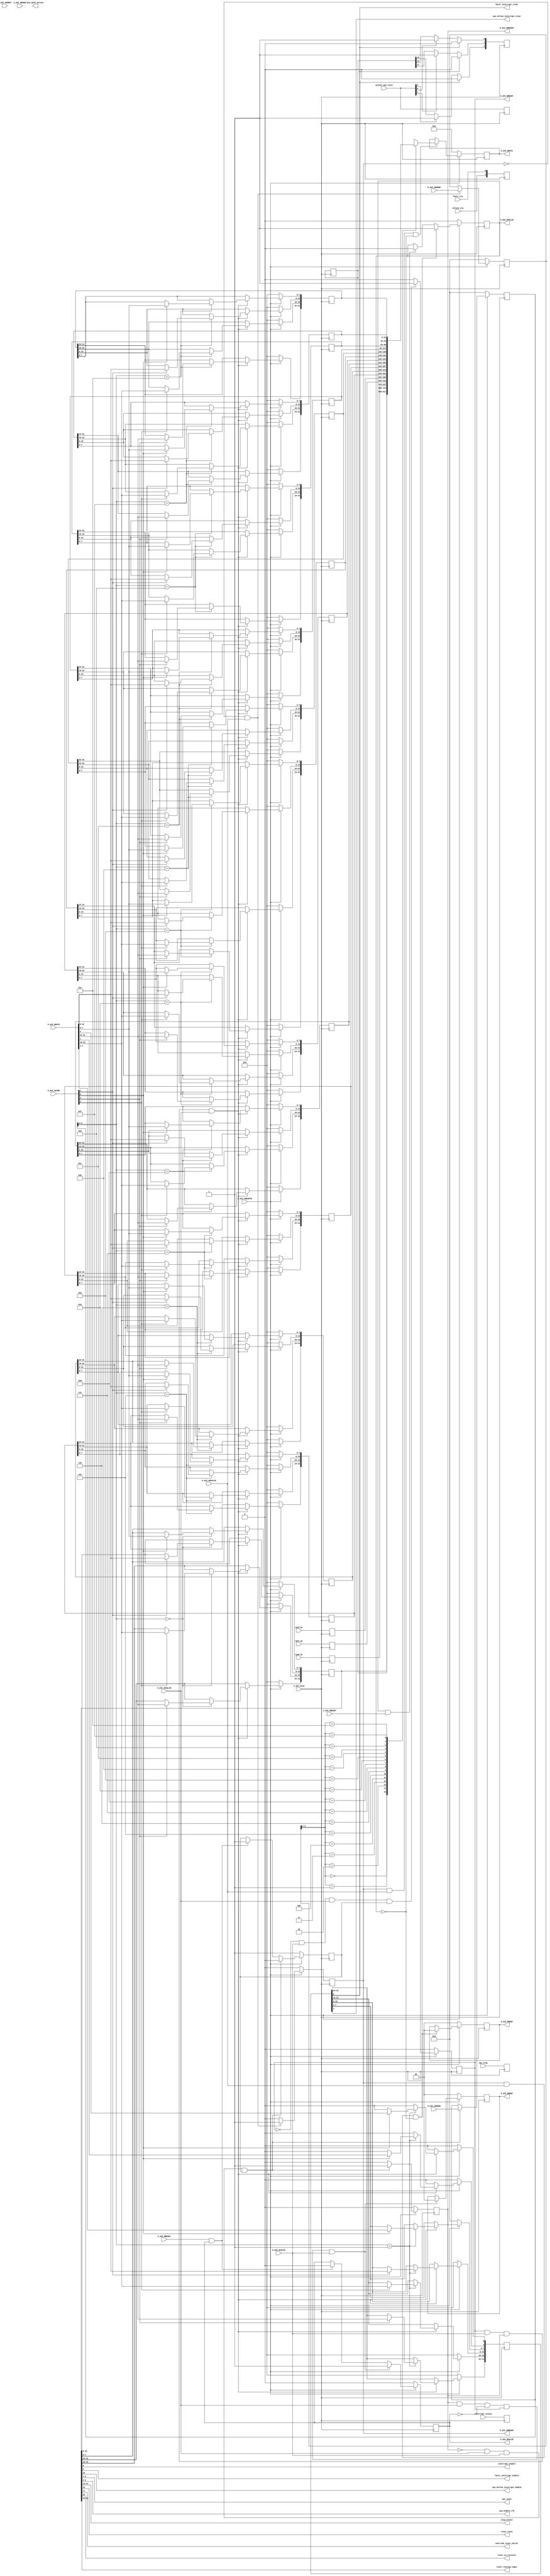

`timescale 1 ns / 1 ps

	module bus_monitor_v1_0_S00_AXI #
	(
		// Users to add parameters here

		// User parameters ends
		// Do not modify the parameters beyond this line

		// Width of S_AXI data bus
		parameter integer C_S_AXI_DATA_WIDTH	= 32,
		// Width of S_AXI address bus
		parameter integer C_S_AXI_ADDR_WIDTH	= 6
	)
	(
		// Users to add ports here

        output wire fault_interrupt_clear,
        output wire cpu_online_interrupt_clear,

        output wire interrupt_enable,
	output wire fault_interrupt_enable,
	output wire cpu_online_interrupt_enable,

        input wire [2:0] interrupt_status,
	input wire [2:0] cpu_stop,
	input wire [2:0] actual_cpu_reset,

	output wire [2:0] cpu_reset,
	output wire [2:0] cpu_enable_clk,

	output wire [1:0] jtag_select,

	output wire clear_reset,
	output wire override_reset_vector,
	output wire reset_to_recovery,
	output wire [2:0] reset_routing_logic,

	input wire [31:0] cpu0_pc,
	input wire [31:0] cpu1_pc,
	input wire [31:0] cpu2_pc,

	input wire online_irq,
	input wire fault_irq,
	output wire ack_back_online,

		// Global Clock Signal
		input wire  S_AXI_ACLK,
		// Global Reset Signal. This Signal is Active LOW
		input wire  S_AXI_ARESETN,
		// Write address (issued by master, acceped by Slave)
		input wire [C_S_AXI_ADDR_WIDTH-1 : 0] S_AXI_AWADDR,
		// Write channel Protection type. This signal indicates the
    		// privilege and security level of the transaction, and whether
    		// the transaction is a data access or an instruction access.
		input wire [2 : 0] S_AXI_AWPROT,
		// Write address valid. This signal indicates that the master signaling
    		// valid write address and control information.
		input wire  S_AXI_AWVALID,
		// Write address ready. This signal indicates that the slave is ready
    		// to accept an address and associated control signals.
		output wire  S_AXI_AWREADY,
		// Write data (issued by master, acceped by Slave)
		input wire [C_S_AXI_DATA_WIDTH-1 : 0] S_AXI_WDATA,
		// Write strobes. This signal indicates which byte lanes hold
    		// valid data. There is one write strobe bit for each eight
    		// bits of the write data bus.
		input wire [(C_S_AXI_DATA_WIDTH/8)-1 : 0] S_AXI_WSTRB,
		// Write valid. This signal indicates that valid write
    		// data and strobes are available.
		input wire  S_AXI_WVALID,
		// Write ready. This signal indicates that the slave
    		// can accept the write data.
		output wire  S_AXI_WREADY,
		// Write response. This signal indicates the status
    		// of the write transaction.
		output wire [1 : 0] S_AXI_BRESP,
		// Write response valid. This signal indicates that the channel
    		// is signaling a valid write response.
		output wire  S_AXI_BVALID,
		// Response ready. This signal indicates that the master
    		// can accept a write response.
		input wire  S_AXI_BREADY,
		// Read address (issued by master, acceped by Slave)
		input wire [C_S_AXI_ADDR_WIDTH-1 : 0] S_AXI_ARADDR,
		// Protection type. This signal indicates the privilege
    		// and security level of the transaction, and whether the
    		// transaction is a data access or an instruction access.
		input wire [2 : 0] S_AXI_ARPROT,
		// Read address valid. This signal indicates that the channel
    		// is signaling valid read address and control information.
		input wire  S_AXI_ARVALID,
		// Read address ready. This signal indicates that the slave is
    		// ready to accept an address and associated control signals.
		output wire  S_AXI_ARREADY,
		// Read data (issued by slave)
		output wire [C_S_AXI_DATA_WIDTH-1 : 0] S_AXI_RDATA,
		// Read response. This signal indicates the status of the
    		// read transfer.
		output wire [1 : 0] S_AXI_RRESP,
		// Read valid. This signal indicates that the channel is
    		// signaling the required read data.
		output wire  S_AXI_RVALID,
		// Read ready. This signal indicates that the master can
    		// accept the read data and response information.
		input wire  S_AXI_RREADY
	);

	// AXI4LITE signals
	reg [C_S_AXI_ADDR_WIDTH-1 : 0] 	axi_awaddr;
	reg  	axi_awready;
	reg  	axi_wready;
	reg [1 : 0] 	axi_bresp;
	reg  	axi_bvalid;
	reg [C_S_AXI_ADDR_WIDTH-1 : 0] 	axi_araddr;
	reg  	axi_arready;
	reg [C_S_AXI_DATA_WIDTH-1 : 0] 	axi_rdata;
	reg [1 : 0] 	axi_rresp;
	reg  	axi_rvalid;

	// Example-specific design signals
	// local parameter for addressing 32 bit / 64 bit C_S_AXI_DATA_WIDTH
	// ADDR_LSB is used for addressing 32/64 bit registers/memories
	// ADDR_LSB = 2 for 32 bits (n downto 2)
	// ADDR_LSB = 3 for 64 bits (n downto 3)
	localparam integer ADDR_LSB = (C_S_AXI_DATA_WIDTH/32) + 1;
	localparam integer OPT_MEM_ADDR_BITS = 3;
	//----------------------------------------------
	//-- Signals for user logic register space example
	//------------------------------------------------
	//-- Number of Slave Registers 16
	reg [C_S_AXI_DATA_WIDTH-1:0]	slv_reg0;
	reg [C_S_AXI_DATA_WIDTH-1:0]	slv_reg1;
	reg [C_S_AXI_DATA_WIDTH-1:0]	slv_reg1_i;
	reg [C_S_AXI_DATA_WIDTH-1:0]	slv_reg2;
	reg [C_S_AXI_DATA_WIDTH-1:0]	slv_reg2_i;
	reg [C_S_AXI_DATA_WIDTH-1:0]	slv_reg3;
	reg [C_S_AXI_DATA_WIDTH-1:0]	slv_reg3_i;
	reg [C_S_AXI_DATA_WIDTH-1:0]	slv_reg4;
	reg [C_S_AXI_DATA_WIDTH-1:0]	slv_reg4_i;
	reg [C_S_AXI_DATA_WIDTH-1:0]	slv_reg5;
	reg [C_S_AXI_DATA_WIDTH-1:0]	slv_reg6;
	reg [C_S_AXI_DATA_WIDTH-1:0]	slv_reg7;
	reg [C_S_AXI_DATA_WIDTH-1:0]	slv_reg8;
	reg [C_S_AXI_DATA_WIDTH-1:0]	slv_reg9;
	reg [C_S_AXI_DATA_WIDTH-1:0]	slv_reg10;
	reg [C_S_AXI_DATA_WIDTH-1:0]	slv_reg11;
	reg [C_S_AXI_DATA_WIDTH-1:0]	slv_reg12;
	reg [C_S_AXI_DATA_WIDTH-1:0]	slv_reg13;
	reg [C_S_AXI_DATA_WIDTH-1:0]	slv_reg14;
	reg [C_S_AXI_DATA_WIDTH-1:0]	slv_reg15;
	wire	 slv_reg_rden;
	wire	 slv_reg_wren;
	reg [C_S_AXI_DATA_WIDTH-1:0]	 reg_data_out;
	integer	 byte_index;
	reg	 aw_en;

	// I/O Connections assignments

	assign S_AXI_AWREADY	= axi_awready;
	assign S_AXI_WREADY	= axi_wready;
	assign S_AXI_BRESP	= axi_bresp;
	assign S_AXI_BVALID	= axi_bvalid;
	assign S_AXI_ARREADY	= axi_arready;
	assign S_AXI_RDATA	= axi_rdata;
	assign S_AXI_RRESP	= axi_rresp;
	assign S_AXI_RVALID	= axi_rvalid;
	// Implement axi_awready generation
	// axi_awready is asserted for one S_AXI_ACLK clock cycle when both
	// S_AXI_AWVALID and S_AXI_WVALID are asserted. axi_awready is
	// de-asserted when reset is low.

	always @( posedge S_AXI_ACLK )
	begin
	  if ( S_AXI_ARESETN == 1'b0 )
	    begin
	      axi_awready <= 1'b0;
	      aw_en <= 1'b1;
	    end
	  else
	    begin
	      if (~axi_awready && S_AXI_AWVALID && S_AXI_WVALID && aw_en)
	        begin
	          // slave is ready to accept write address when
	          // there is a valid write address and write data
	          // on the write address and data bus. This design
	          // expects no outstanding transactions.
	          axi_awready <= 1'b1;
	          aw_en <= 1'b0;
	        end
	        else if (S_AXI_BREADY && axi_bvalid)
	            begin
	              aw_en <= 1'b1;
	              axi_awready <= 1'b0;
	            end
	      else
	        begin
	          axi_awready <= 1'b0;
	        end
	    end
	end

	// Implement axi_awaddr latching
	// This process is used to latch the address when both
	// S_AXI_AWVALID and S_AXI_WVALID are valid.

	always @( posedge S_AXI_ACLK )
	begin
	  if ( S_AXI_ARESETN == 1'b0 )
	    begin
	      axi_awaddr <= 0;
	    end
	  else
	    begin
	      if (~axi_awready && S_AXI_AWVALID && S_AXI_WVALID && aw_en)
	        begin
	          // Write Address latching
	          axi_awaddr <= S_AXI_AWADDR;
	        end
	    end
	end

	// Implement axi_wready generation
	// axi_wready is asserted for one S_AXI_ACLK clock cycle when both
	// S_AXI_AWVALID and S_AXI_WVALID are asserted. axi_wready is
	// de-asserted when reset is low.

	always @( posedge S_AXI_ACLK )
	begin
	  if ( S_AXI_ARESETN == 1'b0 )
	    begin
	      axi_wready <= 1'b0;
	    end
	  else
	    begin
	      if (~axi_wready && S_AXI_WVALID && S_AXI_AWVALID && aw_en )
	        begin
	          // slave is ready to accept write data when
	          // there is a valid write address and write data
	          // on the write address and data bus. This design
	          // expects no outstanding transactions.
	          axi_wready <= 1'b1;
	        end
	      else
	        begin
	          axi_wready <= 1'b0;
	        end
	    end
	end

	always @( posedge S_AXI_ACLK )
	begin
	   slv_reg1[0] <= fault_irq;
           slv_reg1[1] <= online_irq;

	   slv_reg1[6:4] <= interrupt_status;
	   slv_reg1[10:8] <= cpu_stop;
	   slv_reg1[14:12] <= actual_cpu_reset;
	   if(actual_cpu_reset[0]) begin
		   slv_reg1[16] <= actual_cpu_reset[0];
	   end
	   if(actual_cpu_reset[1]) begin
		   slv_reg1[17] <= actual_cpu_reset[1];
	   end
	   if(actual_cpu_reset[2]) begin
		   slv_reg1[18] <= actual_cpu_reset[2];
	   end
	   if(slv_reg1_i[0]) begin
		   slv_reg1[18:16] <= 3'b000;
	   end

	   slv_reg2_i <= cpu0_pc;
	   slv_reg3_i <= cpu1_pc;
	   slv_reg4_i <= cpu2_pc;

	end

	assign cpu_enable_clk = slv_reg0[2:0];
	assign cpu_reset = slv_reg0[6:4];

	assign jtag_select = slv_reg0[13:12];

	assign clear_reset = slv_reg0[16];
	assign override_reset_vector = slv_reg0[17];
	assign reset_to_recovery = slv_reg0[18];

	assign reset_routing_logic = slv_reg0[22:20];

	assign interrupt_enable = slv_reg0[8];
	assign fault_interrupt_enable = slv_reg0[9];
	assign cpu_online_interrupt_enable = slv_reg0[10];

	assign fault_interrupt_clear = slv_reg1_i[0];
	assign cpu_online_interrupt_clear = slv_reg1_i[1];

	// Implement memory mapped register select and write logic generation
	// The write data is accepted and written to memory mapped registers when
	// axi_awready, S_AXI_WVALID, axi_wready and S_AXI_WVALID are asserted. Write strobes are used to
	// select byte enables of slave registers while writing.
	// These registers are cleared when reset (active low) is applied.
	// Slave register write enable is asserted when valid address and data are available
	// and the slave is ready to accept the write address and write data.
	assign slv_reg_wren = axi_wready && S_AXI_WVALID && axi_awready && S_AXI_AWVALID;

	always @( posedge S_AXI_ACLK )
	begin
	  if ( S_AXI_ARESETN == 1'b0 )
	    begin
	      slv_reg0 <= 0;
	      slv_reg1_i <= 0;
	      slv_reg2 <= 0;
	      slv_reg3 <= 0;
	      slv_reg4 <= 0;
	      slv_reg5 <= 0;
	      slv_reg6 <= 0;
	      slv_reg7 <= 0;
	      slv_reg8 <= 0;
	      slv_reg9 <= 0;
	      slv_reg10 <= 0;
	      slv_reg11 <= 0;
	      slv_reg12 <= 0;
	      slv_reg13 <= 0;
	      slv_reg14 <= 0;
	      slv_reg15 <= 0;
	    end
	  else begin
	    //slv_reg1[0] is used as interrupt clear signal. We need to reset it one cycle after setting
	    slv_reg1_i[0] <= 1'b0;
	    //slv_reg1[1] is used as ack_back_online. We need to reset it one cycle after setting
	    slv_reg1_i[1] <= 1'b0;
	    if (slv_reg_wren)
	      begin
	        case ( axi_awaddr[ADDR_LSB+OPT_MEM_ADDR_BITS:ADDR_LSB] )
	          4'h0:
	            for ( byte_index = 0; byte_index <= (C_S_AXI_DATA_WIDTH/8)-1; byte_index = byte_index+1 )
	              if ( S_AXI_WSTRB[byte_index] == 1 ) begin
	                // Respective byte enables are asserted as per write strobes
	                // Slave register 0
	                slv_reg0[(byte_index*8) +: 8] <= S_AXI_WDATA[(byte_index*8) +: 8];
	              end

	          4'h1:
	            for ( byte_index = 0; byte_index <= (C_S_AXI_DATA_WIDTH/8)-1; byte_index = byte_index+1 )
	              if ( S_AXI_WSTRB[byte_index] == 1 ) begin
	                // Respective byte enables are asserted as per write strobes
	                // Slave register 1
	                slv_reg1_i[(byte_index*8) +: 8] <= S_AXI_WDATA[(byte_index*8) +: 8];
	              end
	          4'h2:
	            for ( byte_index = 0; byte_index <= (C_S_AXI_DATA_WIDTH/8)-1; byte_index = byte_index+1 )
	              if ( S_AXI_WSTRB[byte_index] == 1 ) begin
	                // Respective byte enables are asserted as per write strobes
	                // Slave register 2
	                slv_reg2[(byte_index*8) +: 8] <= S_AXI_WDATA[(byte_index*8) +: 8];
	              end
	          4'h3:
	            for ( byte_index = 0; byte_index <= (C_S_AXI_DATA_WIDTH/8)-1; byte_index = byte_index+1 )
	              if ( S_AXI_WSTRB[byte_index] == 1 ) begin
	                // Respective byte enables are asserted as per write strobes
	                // Slave register 3
	                slv_reg3[(byte_index*8) +: 8] <= S_AXI_WDATA[(byte_index*8) +: 8];
	              end
	          4'h4:
	            for ( byte_index = 0; byte_index <= (C_S_AXI_DATA_WIDTH/8)-1; byte_index = byte_index+1 )
	              if ( S_AXI_WSTRB[byte_index] == 1 ) begin
	                // Respective byte enables are asserted as per write strobes
	                // Slave register 4
	                slv_reg4[(byte_index*8) +: 8] <= S_AXI_WDATA[(byte_index*8) +: 8];
	              end
	          4'h5:
	            for ( byte_index = 0; byte_index <= (C_S_AXI_DATA_WIDTH/8)-1; byte_index = byte_index+1 )
	              if ( S_AXI_WSTRB[byte_index] == 1 ) begin
	                // Respective byte enables are asserted as per write strobes
	                // Slave register 5
	                slv_reg5[(byte_index*8) +: 8] <= S_AXI_WDATA[(byte_index*8) +: 8];
	              end
	          4'h6:
	            for ( byte_index = 0; byte_index <= (C_S_AXI_DATA_WIDTH/8)-1; byte_index = byte_index+1 )
	              if ( S_AXI_WSTRB[byte_index] == 1 ) begin
	                // Respective byte enables are asserted as per write strobes
	                // Slave register 6
	                slv_reg6[(byte_index*8) +: 8] <= S_AXI_WDATA[(byte_index*8) +: 8];
	              end
	          4'h7:
	            for ( byte_index = 0; byte_index <= (C_S_AXI_DATA_WIDTH/8)-1; byte_index = byte_index+1 )
	              if ( S_AXI_WSTRB[byte_index] == 1 ) begin
	                // Respective byte enables are asserted as per write strobes
	                // Slave register 7
	                slv_reg7[(byte_index*8) +: 8] <= S_AXI_WDATA[(byte_index*8) +: 8];
	              end
	          4'h8:
	            for ( byte_index = 0; byte_index <= (C_S_AXI_DATA_WIDTH/8)-1; byte_index = byte_index+1 )
	              if ( S_AXI_WSTRB[byte_index] == 1 ) begin
	                // Respective byte enables are asserted as per write strobes
	                // Slave register 8
	                slv_reg8[(byte_index*8) +: 8] <= S_AXI_WDATA[(byte_index*8) +: 8];
	              end
	          4'h9:
	            for ( byte_index = 0; byte_index <= (C_S_AXI_DATA_WIDTH/8)-1; byte_index = byte_index+1 )
	              if ( S_AXI_WSTRB[byte_index] == 1 ) begin
	                // Respective byte enables are asserted as per write strobes
	                // Slave register 9
	                slv_reg9[(byte_index*8) +: 8] <= S_AXI_WDATA[(byte_index*8) +: 8];
	              end
	          4'hA:
	            for ( byte_index = 0; byte_index <= (C_S_AXI_DATA_WIDTH/8)-1; byte_index = byte_index+1 )
	              if ( S_AXI_WSTRB[byte_index] == 1 ) begin
	                // Respective byte enables are asserted as per write strobes
	                // Slave register 10
	                slv_reg10[(byte_index*8) +: 8] <= S_AXI_WDATA[(byte_index*8) +: 8];
	              end
	          4'hB:
	            for ( byte_index = 0; byte_index <= (C_S_AXI_DATA_WIDTH/8)-1; byte_index = byte_index+1 )
	              if ( S_AXI_WSTRB[byte_index] == 1 ) begin
	                // Respective byte enables are asserted as per write strobes
	                // Slave register 11
	                slv_reg11[(byte_index*8) +: 8] <= S_AXI_WDATA[(byte_index*8) +: 8];
	              end
	          4'hC:
	            for ( byte_index = 0; byte_index <= (C_S_AXI_DATA_WIDTH/8)-1; byte_index = byte_index+1 )
	              if ( S_AXI_WSTRB[byte_index] == 1 ) begin
	                // Respective byte enables are asserted as per write strobes
	                // Slave register 12
	                slv_reg12[(byte_index*8) +: 8] <= S_AXI_WDATA[(byte_index*8) +: 8];
	              end
	          4'hD:
	            for ( byte_index = 0; byte_index <= (C_S_AXI_DATA_WIDTH/8)-1; byte_index = byte_index+1 )
	              if ( S_AXI_WSTRB[byte_index] == 1 ) begin
	                // Respective byte enables are asserted as per write strobes
	                // Slave register 13
	                slv_reg13[(byte_index*8) +: 8] <= S_AXI_WDATA[(byte_index*8) +: 8];
	              end
	          4'hE:
	            for ( byte_index = 0; byte_index <= (C_S_AXI_DATA_WIDTH/8)-1; byte_index = byte_index+1 )
	              if ( S_AXI_WSTRB[byte_index] == 1 ) begin
	                // Respective byte enables are asserted as per write strobes
	                // Slave register 14
	                slv_reg14[(byte_index*8) +: 8] <= S_AXI_WDATA[(byte_index*8) +: 8];
	              end
	          4'hF:
	            for ( byte_index = 0; byte_index <= (C_S_AXI_DATA_WIDTH/8)-1; byte_index = byte_index+1 )
	              if ( S_AXI_WSTRB[byte_index] == 1 ) begin
	                // Respective byte enables are asserted as per write strobes
	                // Slave register 15
	                slv_reg15[(byte_index*8) +: 8] <= S_AXI_WDATA[(byte_index*8) +: 8];
	              end
	          default : begin
	                      slv_reg0 <= slv_reg0;
	                      slv_reg1 <= slv_reg1;
	                      slv_reg2 <= slv_reg2;
	                      slv_reg3 <= slv_reg3;
	                      slv_reg4 <= slv_reg4;
	                      slv_reg5 <= slv_reg5;
	                      slv_reg6 <= slv_reg6;
	                      slv_reg7 <= slv_reg7;
	                      slv_reg8 <= slv_reg8;
	                      slv_reg9 <= slv_reg9;
	                      slv_reg10 <= slv_reg10;
	                      slv_reg11 <= slv_reg11;
	                      slv_reg12 <= slv_reg12;
	                      slv_reg13 <= slv_reg13;
	                      slv_reg14 <= slv_reg14;
	                      slv_reg15 <= slv_reg15;
	                    end
	        endcase
	      end
	  end
	end

	// Implement write response logic generation
	// The write response and response valid signals are asserted by the slave
	// when axi_wready, S_AXI_WVALID, axi_wready and S_AXI_WVALID are asserted.
	// This marks the acceptance of address and indicates the status of
	// write transaction.

	always @( posedge S_AXI_ACLK )
	begin
	  if ( S_AXI_ARESETN == 1'b0 )
	    begin
	      axi_bvalid  <= 0;
	      axi_bresp   <= 2'b0;
	    end
	  else
	    begin
	      if (axi_awready && S_AXI_AWVALID && ~axi_bvalid && axi_wready && S_AXI_WVALID)
	        begin
	          // indicates a valid write response is available
	          axi_bvalid <= 1'b1;
	          axi_bresp  <= 2'b0; // 'OKAY' response
	        end                   // work error responses in future
	      else
	        begin
	          if (S_AXI_BREADY && axi_bvalid)
	            //check if bready is asserted while bvalid is high)
	            //(there is a possibility that bready is always asserted high)
	            begin
	              axi_bvalid <= 1'b0;
	            end
	        end
	    end
	end

	// Implement axi_arready generation
	// axi_arready is asserted for one S_AXI_ACLK clock cycle when
	// S_AXI_ARVALID is asserted. axi_awready is
	// de-asserted when reset (active low) is asserted.
	// The read address is also latched when S_AXI_ARVALID is
	// asserted. axi_araddr is reset to zero on reset assertion.

	always @( posedge S_AXI_ACLK )
	begin
	  if ( S_AXI_ARESETN == 1'b0 )
	    begin
	      axi_arready <= 1'b0;
	      axi_araddr  <= 32'b0;
	    end
	  else
	    begin
	      if (~axi_arready && S_AXI_ARVALID)
	        begin
	          // indicates that the slave has acceped the valid read address
	          axi_arready <= 1'b1;
	          // Read address latching
	          axi_araddr  <= S_AXI_ARADDR;
	        end
	      else
	        begin
	          axi_arready <= 1'b0;
	        end
	    end
	end

	// Implement axi_arvalid generation
	// axi_rvalid is asserted for one S_AXI_ACLK clock cycle when both
	// S_AXI_ARVALID and axi_arready are asserted. The slave registers
	// data are available on the axi_rdata bus at this instance. The
	// assertion of axi_rvalid marks the validity of read data on the
	// bus and axi_rresp indicates the status of read transaction.axi_rvalid
	// is deasserted on reset (active low). axi_rresp and axi_rdata are
	// cleared to zero on reset (active low).
	always @( posedge S_AXI_ACLK )
	begin
	  if ( S_AXI_ARESETN == 1'b0 )
	    begin
	      axi_rvalid <= 0;
	      axi_rresp  <= 0;
	    end
	  else
	    begin
	      if (axi_arready && S_AXI_ARVALID && ~axi_rvalid)
	        begin
	          // Valid read data is available at the read data bus
	          axi_rvalid <= 1'b1;
	          axi_rresp  <= 2'b0; // 'OKAY' response
	        end
	      else if (axi_rvalid && S_AXI_RREADY)
	        begin
	          // Read data is accepted by the master
	          axi_rvalid <= 1'b0;
	        end
	    end
	end

	// Implement memory mapped register select and read logic generation
	// Slave register read enable is asserted when valid address is available
	// and the slave is ready to accept the read address.
	assign slv_reg_rden = axi_arready & S_AXI_ARVALID & ~axi_rvalid;
	always @(*)
	begin
	      // Address decoding for reading registers
	      case ( axi_araddr[ADDR_LSB+OPT_MEM_ADDR_BITS:ADDR_LSB] )
	        4'h0   : reg_data_out <= slv_reg0;
	        4'h1   : reg_data_out <= slv_reg1;
	        4'h2   : reg_data_out <= slv_reg2_i;
	        4'h3   : reg_data_out <= slv_reg3_i;
	        4'h4   : reg_data_out <= slv_reg4_i;
	        4'h5   : reg_data_out <= slv_reg5;
	        4'h6   : reg_data_out <= slv_reg6;
	        4'h7   : reg_data_out <= slv_reg7;
	        4'h8   : reg_data_out <= slv_reg8;
	        4'h9   : reg_data_out <= slv_reg9;
	        4'hA   : reg_data_out <= slv_reg10;
	        4'hB   : reg_data_out <= slv_reg11;
	        4'hC   : reg_data_out <= slv_reg12;
	        4'hD   : reg_data_out <= slv_reg13;
	        4'hE   : reg_data_out <= slv_reg14;
	        4'hF   : reg_data_out <= slv_reg15;
	        default : reg_data_out <= 0;
	      endcase
	end

	// Output register or memory read data
	always @( posedge S_AXI_ACLK )
	begin
	  if ( S_AXI_ARESETN == 1'b0 )
	    begin
	      axi_rdata  <= 0;
	    end
	  else
	    begin
	      // When there is a valid read address (S_AXI_ARVALID) with
	      // acceptance of read address by the slave (axi_arready),
	      // output the read dada
	      if (slv_reg_rden)
	        begin
	          axi_rdata <= reg_data_out;     // register read data
	        end
	    end
	end

	// Add user logic here

	// User logic ends

	endmodule